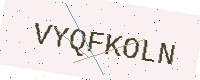
Text: VYQFKOLN